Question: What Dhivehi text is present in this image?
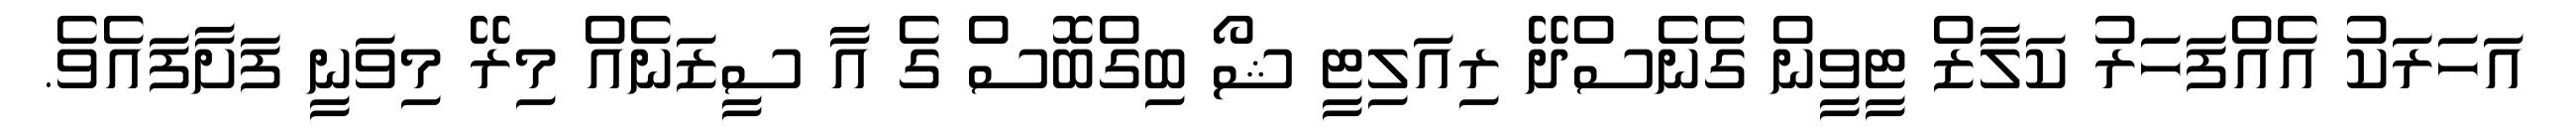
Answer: އަހަރަކު އެއްފަހަރު ކަލާޒް ޓީވީން ގެނެސްދޭ ރިއަލިޓީ ޝޯ ބިގްބޮސް ގެ އާ ސީޒަނެއް މިރޭ މިވަނީ ފަށާފައެވެ.